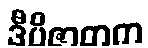
ဒီပိဇာတက